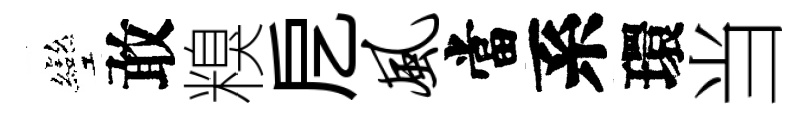
彎敢糗戹风當系環当